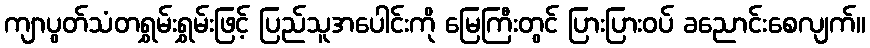
ကျာပွတ်သံတရွှမ်းရွှမ်းဖြင့် ပြည်သူအပေါင်းကို မြေကြီးတွင် ပြားပြားဝပ် ခညောင်းစေလျက်။